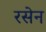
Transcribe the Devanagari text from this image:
रसेन